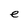
Character: e